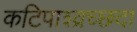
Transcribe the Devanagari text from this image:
कटिपाश्व्रच्छदा